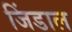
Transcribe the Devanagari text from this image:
जिंडाल